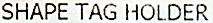
SHAPE TAG HOLDER